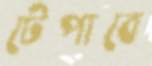
টেপাবে